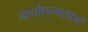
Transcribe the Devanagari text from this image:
चाचोएन्गसाओ